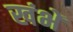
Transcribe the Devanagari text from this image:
खंभें